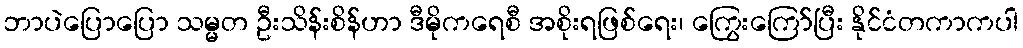
ဘာပဲပြောပြော သမ္မတ ဦးသိန်းစိန်ဟာ ဒီမိုကရေစီ အစိုးရဖြစ်ရေး၊ ကြွေးကြော်ပြီး နိုင်ငံတကာကပါ